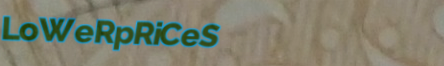
LoWeRpRiCeS